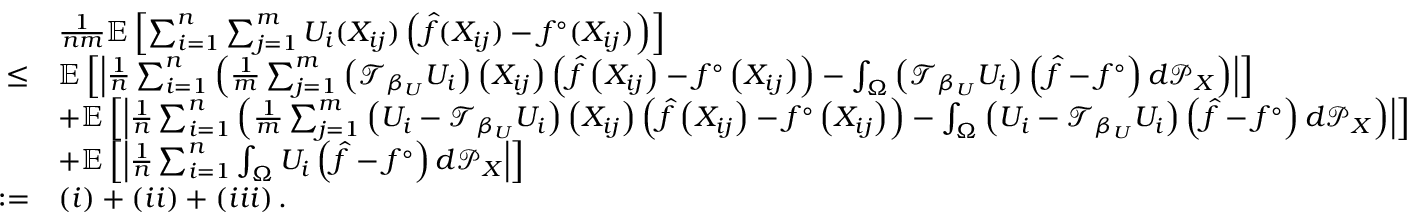
\begin{array} { r l } & { \frac { 1 } { n m } \mathbb { E } \left[ \sum _ { i = 1 } ^ { n } \sum _ { j = 1 } ^ { m } U _ { i } ( X _ { i j } ) \left( \hat { f } ( X _ { i j } ) - f ^ { \circ } ( X _ { i j } ) \right) \right] } \\ { \leq } & { \mathbb { E } \left[ \left| \frac { 1 } { n } \sum _ { i = 1 } ^ { n } \left( \frac { 1 } { m } \sum _ { j = 1 } ^ { m } \left( \mathcal { T } _ { \beta _ { U } } U _ { i } \right) \left( X _ { i j } \right) \left( \hat { f } \left( X _ { i j } \right) - f ^ { \circ } \left( X _ { i j } \right) \right) - \int _ { \Omega } \left( \mathcal { T } _ { \beta _ { U } } U _ { i } \right) \left( \hat { f } - f ^ { \circ } \right) d \mathcal { P } _ { X } \right) \right| \right] } \\ & { + \mathbb { E } \left[ \left| \frac { 1 } { n } \sum _ { i = 1 } ^ { n } \left( \frac { 1 } { m } \sum _ { j = 1 } ^ { m } \left( U _ { i } - \mathcal { T } _ { \beta _ { U } } U _ { i } \right) \left( X _ { i j } \right) \left( \hat { f } \left( X _ { i j } \right) - f ^ { \circ } \left( X _ { i j } \right) \right) - \int _ { \Omega } \left( U _ { i } - \mathcal { T } _ { \beta _ { U } } U _ { i } \right) \left( \hat { f } - f ^ { \circ } \right) d \mathcal { P } _ { X } \right) \right| \right] } \\ & { + \mathbb { E } \left[ \left| \frac { 1 } { n } \sum _ { i = 1 } ^ { n } \int _ { \Omega } U _ { i } \left( \hat { f } - f ^ { \circ } \right) d \mathcal { P } _ { X } \right| \right] } \\ { : = } & { \left( \uppercase \expandafter { \romannumeral 1 } \right) + \left( \uppercase \expandafter { \romannumeral 2 } \right) + \left( \uppercase \expandafter { \romannumeral 3 } \right) . } \end{array}